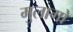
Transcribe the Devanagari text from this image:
मुलागो